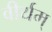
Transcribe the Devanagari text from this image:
वीर्यम्